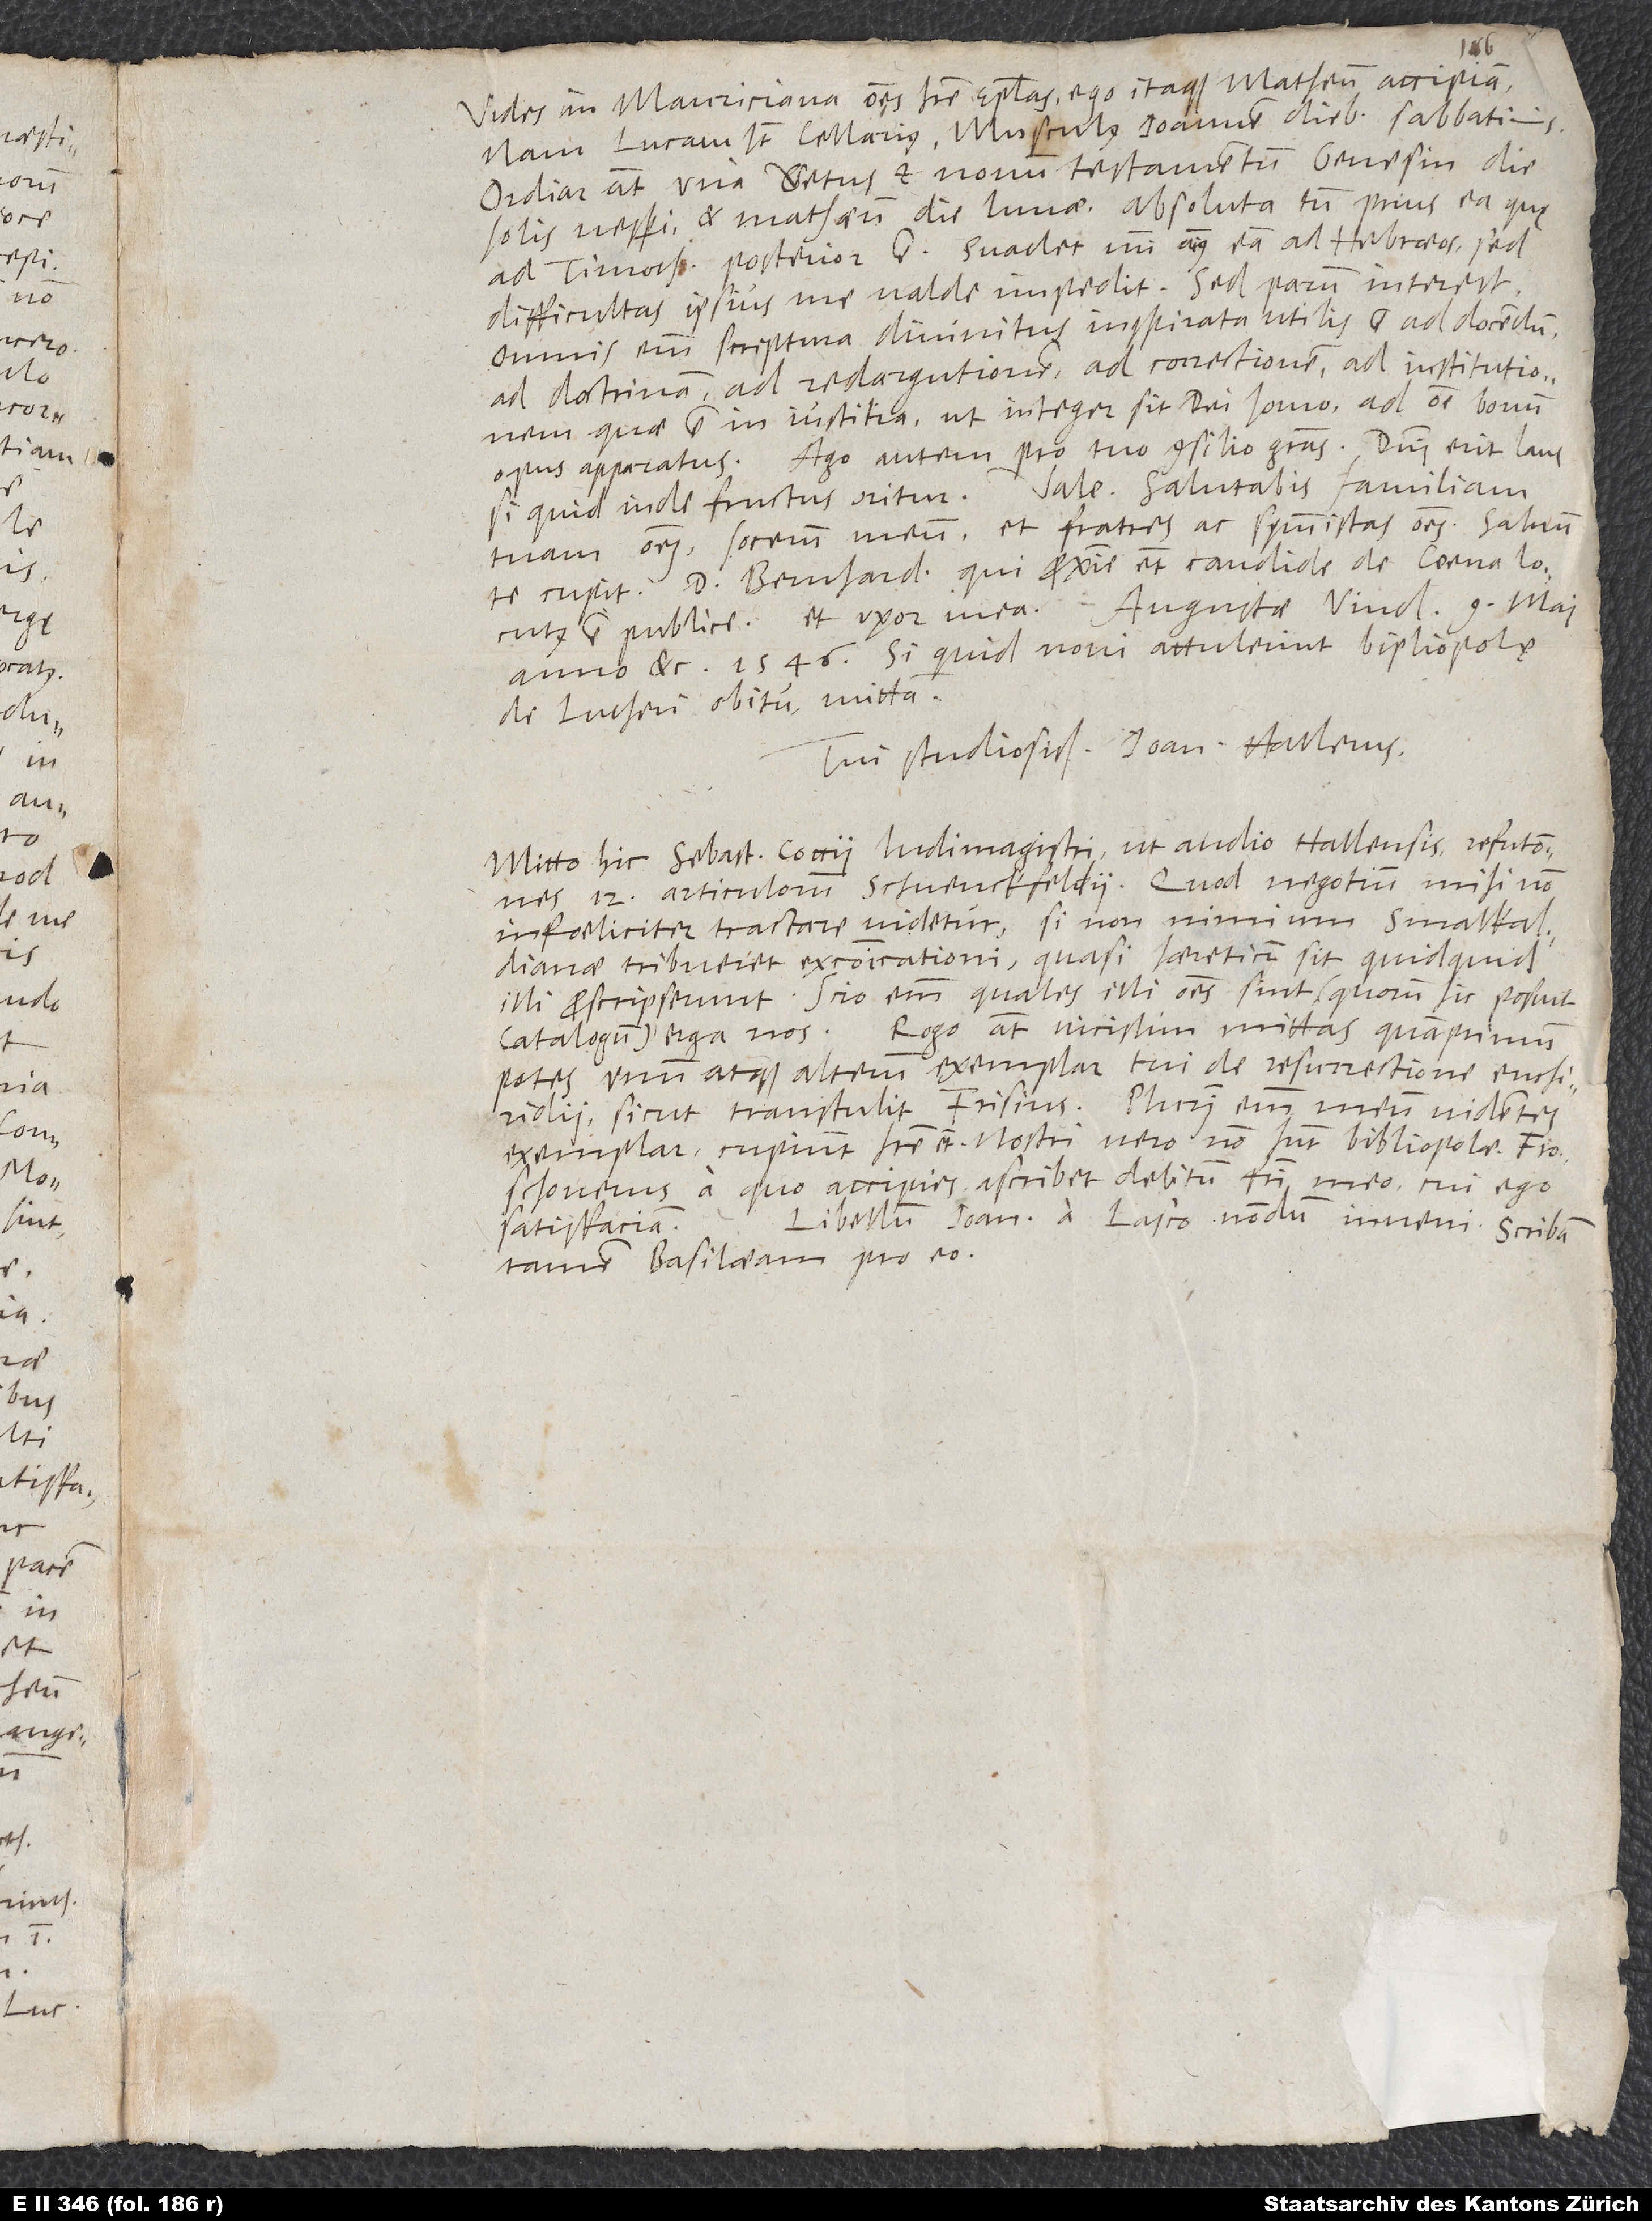
Vides in Mauriciana omnes habere epistolas. Ego itaque Matheum accipiam;
nam Lucam habet Cellarius, Musculus Ioannem diebus sabbatinis.
Ordiar autem una vetus et novum testamentum: Genesim die
solis vesperi et Mathaeum die lunae absoluta tamen prius ea, quę
ad Timoth. posterior est. Suadet mihi animus eam ad Hebraeos, sed
difficultas ipsius me valde impedit. Sed parum interest.
Omnis enim scriptura divinitus inspirata utilis est ad docendum,
ad doctrinam, ad redargutionem, ad correctionem, ad institutionem,
quae est in iustitia, ut integer sit dei homo ad omne bonum
opus apparatus. Ago autem pro tuo consilio gratias. Domini erit laus,
Vale. Salutabis familiam
si quid inde fructus oritur.
tuam omnem, socerum meum et fratres ac symmistas omnes. Salvum
te cupit d. Bernhardinus, qui proxime etiam candide de coena locutus
est publice, et uxor mea. Augustae Vindelicorum, 9. maii
anno, etc., 1546. Si quid novi attulerint bibliopolę
de Lutheri obitu, mittam.
Tui studiosissimus Ioan. Hallerus.
Mitto hic Sebastiani Cocii, ludimagistri, ut audio, Hallensis, Refutationes
12 articulorum Schvenckfeldii; quod negotium mihi non
infoeliciter tractare videtur, si non nimium Smalkaldianae
tribueret excommunicationi, quasi haereticum sit, quidquid
illi proscripserunt. Scio enim, quales illi omnes sint (quorum hic posuit
Rogo autem vicissim mittas, quamprimum
catalogum) erga nos.
potes, unum atque alterum exemplar tui de resurrectione enchiridii,
sicut transtulit Frisius; plurimi enim meum videntes
exemplar cupiunt habere etiam. Nostri vero non habent bibliopolae.
Froschouerus, a quo accipies, ascribet debitum fratri meo, cui ego
Libellum Ioannis a Lasco nondum inveni; scribam
satisfaciam.
tamen Basilaeam pro eo.